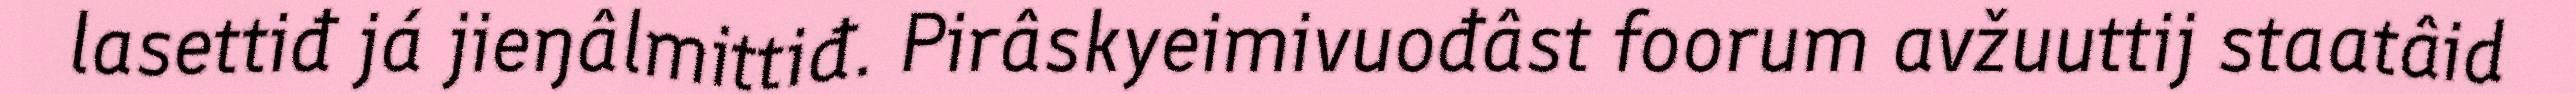
lasettiđ já jieŋâlmittiđ. Pirâskyeimivuođâst foorum avžuuttij staatâid